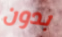
بدون